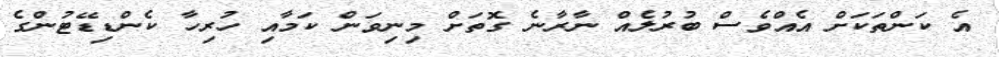
އެ ކަންތަކަށް އެއްވެސް ބުރުލެއް ނާރާނެ ގޮތަށް މިނިވަން ކަމާއި ހުރިހާ ކެންޑިޑޭޓުންގެ